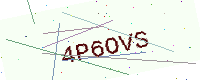
Text: 4P6OVS